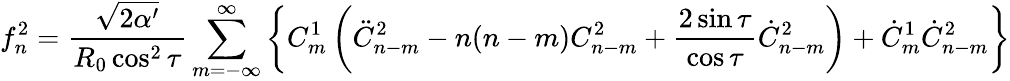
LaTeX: f_{n}^{2}=\frac{\sqrt{2\alpha^{\prime}}}{R_{0}\cos^{2}\tau}\sum_{m=-\infty}^{\infty}\left\{ C_{m}^{1}\left(\ddot{C}_{n-m}^{2}-n(n-m)C_{n-m}^{2}+\frac{2\sin\tau}{\cos\tau}\dot{C}_{n-m}^{2}\right)+\dot{C}_{m}^{1}\dot{C}_{n-m}^{2}\right\}